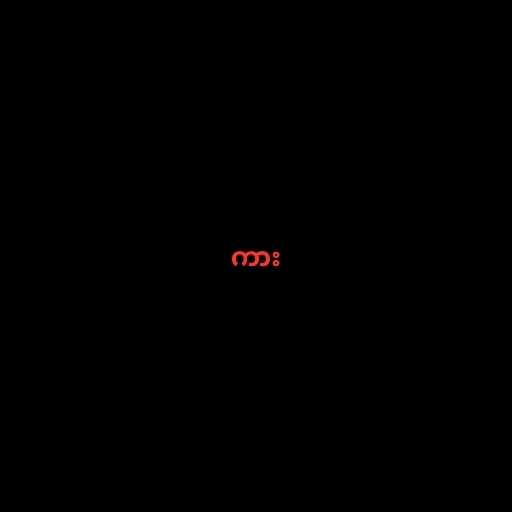
ကား